Some observations on the morphology and mechanism of the parts in the orthorrapha - Number 58
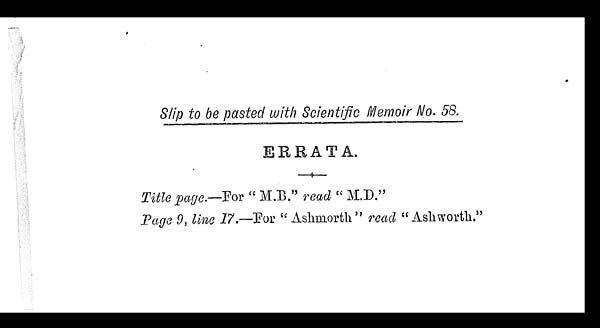
Slip to be pasted with Scientific Memoir No. 58.
ERRATA.
Title page.—For " M.D." read " M.D."
Page 9, line 17. —For " Ashmorth " read " Ashworth."